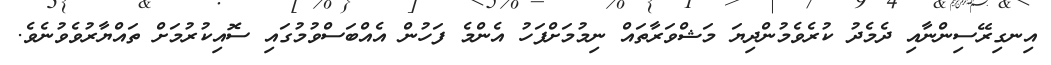
އިނގިރޭސިންނާއި ދެމެދު ކުރެވެމުންދިޔަ މަޝްވަރާތައް ނިމުމަށްފަހު އެންމެ ފަހުން އެއްބަސްވުމުގައި ސޮއިކުރުމަށް ތައްޔާރުވެވުނެވެ.